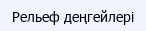
Рельеф деңгейлері